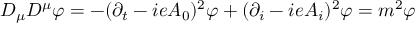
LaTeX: D _ { \mu } D ^ { \mu } \varphi = - ( \partial _ { t } - i e A _ { 0 } ) ^ { 2 } \varphi + ( \partial _ { i } - i e A _ { i } ) ^ { 2 } \varphi = m ^ { 2 } \varphi